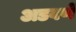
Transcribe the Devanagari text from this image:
अडवणे